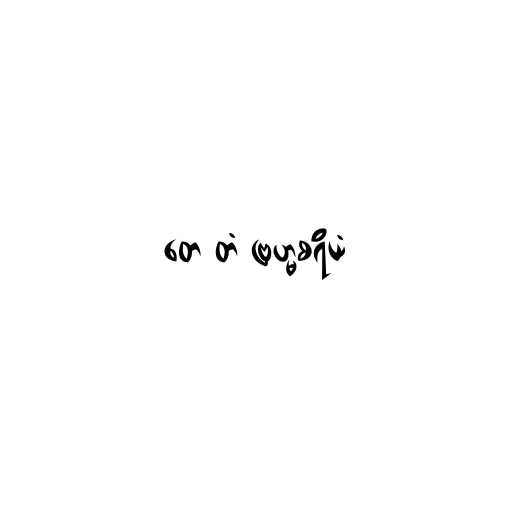
တေ တံ ဗြဟ္မစရိယံ